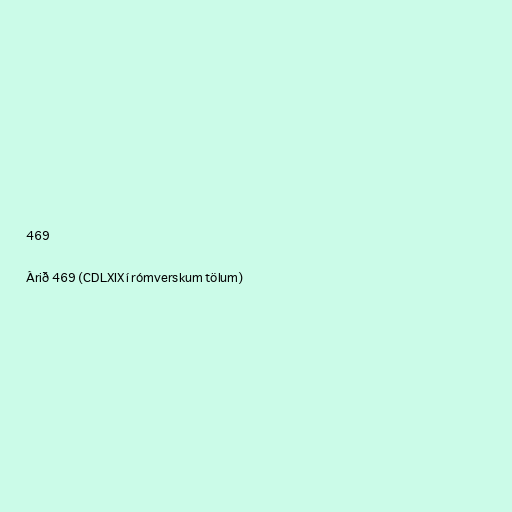
469

Árið 469 (CDLXIX í rómverskum tölum)